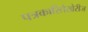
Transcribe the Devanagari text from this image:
पत्रकारितेखेरीज